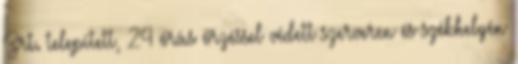
Zrt. telepített, 24 órás őrzéssel védett szerveren és székhelyén